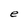
Character: e